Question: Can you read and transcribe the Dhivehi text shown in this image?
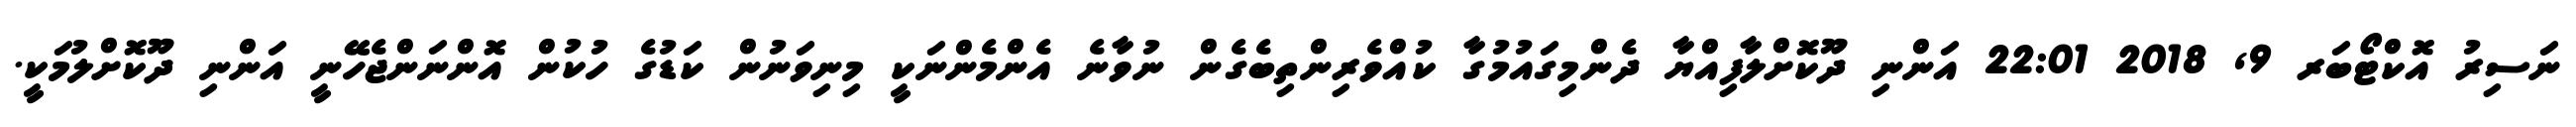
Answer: ނަސިރު އޮކްޓޯބަރ 9, 2018 22:01 އަންނި ދޫކޮށްލާފިއްޔާ ދެންމިގައުމުގާ ކުއްވެރިންތިބެގެން ނުވާނެ އެންމެންނަކީ މިނިވަނުން ކަޑުގެ ހުކުން އޮންނަންޖެހޭނީ އަންނި ދޫކޮށްލުމަކީ.